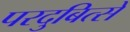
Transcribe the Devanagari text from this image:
परदुबित्से